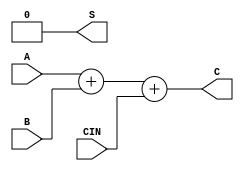
module fa_beh(S, C, A, B, CIN);
    input A, B, CIN;
    output reg S, C;
    always @ (A or B or CIN)
        begin
            {S, C} = {A + B + CIN};
        end
endmodule

module fa_beh_tb;
    reg A, B, CIN;
    wire S, C;
    integer i;
    fa_beh tb(S, C, A, B, CIN);
    initial
    begin
        for (i=3'b0;i<8;i=i+1)
            begin
                {A, B, CIN} = i; #10;
            end
        {A, B, CIN} = 3'b0;
    end
endmodule